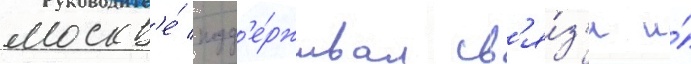
москв'е́ подд'е́рживал св'я́з'и и́